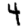
Digit: 4